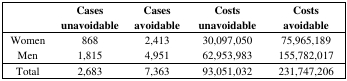
|  | Cases unavoidable | Cases avoidable | Costs unavoidable | Costs avoidable |
 | --- | --- | --- | --- | --- |
 | Women | 868 | 2,413 | 30,097,050 | 75,965,189 |
 | Men | 1,815 | 4,951 | 62,953,983 | 155,782,017 |
 | Total | 2,683 | 7,363 | 93,051,032 | 231,747,206 |